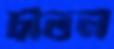
চাতল